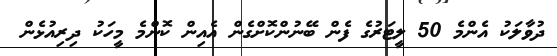
ދުވާލަކު އެންމެ 50 ލީޓަރުގެ ފެން ބޭނުންކޮށްގެން އެއިން ކޮންމެ މީހަކު ދިރިއުޅެން